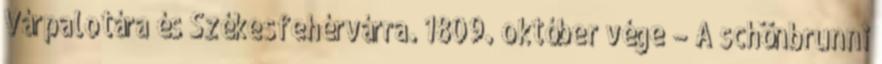
Várpalotára és Székesfehérvárra. 1809. október vége – A schönbrunni